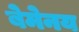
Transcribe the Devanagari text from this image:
बेमेनय